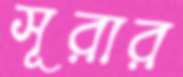
সূরার